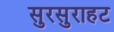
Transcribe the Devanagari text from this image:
सुरसुराहट